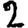
Digit: 2